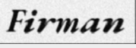
Firman